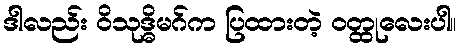
ဒါလည်း ဝိသုဒ္ဓိမဂ်က ပြထားတဲ့ ဝတ္ထုလေးပါ။